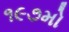
૧૯૭મો